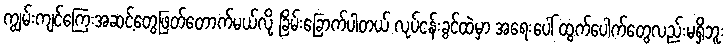
ကျွမ်းကျင်ကြေးအဆင့်တွေဖြတ်တောက်မယ်လို့ ခြိမ်းခြောက်ပါတယ် လုပ်ငန်းခွင်ထဲမှာ အရေးပေါ် ထွက်ပေါက်တွေလည်းမရှိဘူး